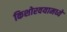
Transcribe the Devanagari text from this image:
किशोरवयामध्ये